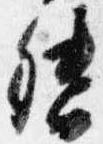
督